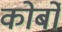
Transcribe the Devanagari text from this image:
कोर्बो